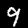
Digit: 9